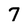
Character: 7